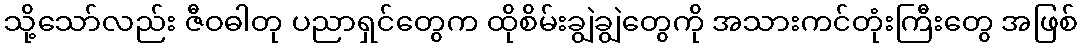
သို့သော်လည်း ဇီဝဓါတု ပညာရှင်တွေက ထိုစိမ်းချွဲချွဲတွေကို အသားကင်တုံးကြီးတွေ အဖြစ်